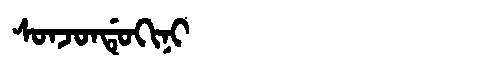
Manchu: ᠰᠣᠨᠵᠣᠨᡩᡠᡴᡳᠨᡳ
Romanization: SONJONDUKINI